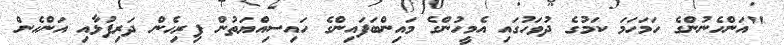
"އަންހެނުންގެ ހަމަހަމަ ކަމުގެ ދުވަހުގައި އެމީހުންގެ މައިންބަފައިންގެ ހައިސިއްޔަތުން ފިރިހެން ދަރިފުޅާއި އަންހެން